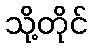
သို့တိုင်